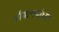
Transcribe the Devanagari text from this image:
श्रीमत्ययोध्या